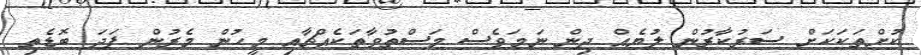
ކުށްތަކަކަށް ސަރުކާރުން ލުޔެއް ދިން ނަމަވެސް މަސްތުވާތަކެއްޗާއި މީހުން މެރުން ފަދަ ބޮޑެތި